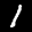
Label: 1